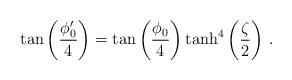
LaTeX: \begin{align*}\tan\left(\frac{\phi'_{0}}{4}\right)=\tan\left(\frac{\phi_{0}}{4}\right)\tanh^{4}\left(\frac{\zeta}{2}\right)\,.\end{align*}